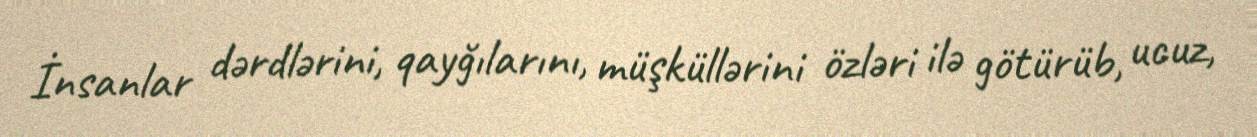
İnsanlar dərdlərini, qayğılarını, müşküllərini özləri ilə götürüb, ucuz,